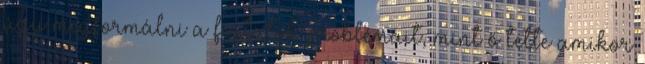
úgy megformálni a fiatalok problémáit, mint ő tette amikor